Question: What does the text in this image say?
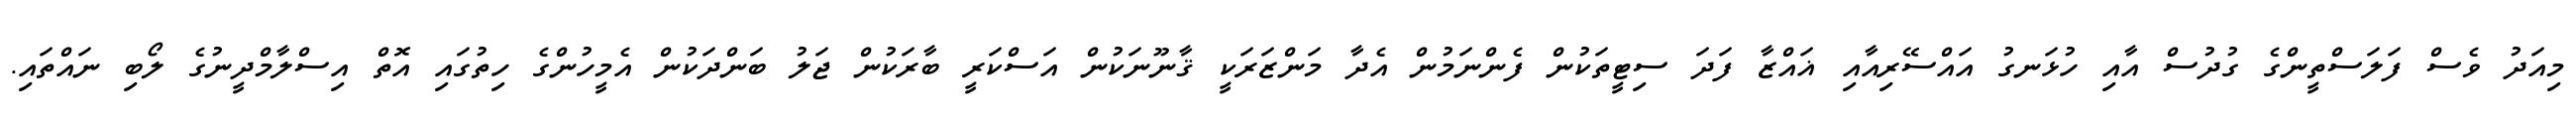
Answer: މިއަދު ވެސް ފަލަސްތީންގެ ގުދުސް އާއި ހުޅަނގު އައްސޭރިއާއި ޣައްޒާ ފަދަ ސިޓީތަކުން ފެންނަމުން އެދާ މަންޒަރަކީ ޤާނޫނަކުން އަސްކަރީ ބާރަކުން ޖަލު ބަންދަކުން އެމީހުންގެ ހިތުގައި އޮތް އިސްލާމްދީނުގެ ލޯބި ނައްތައި.